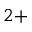
^ { 2 + }